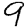
Digit: 9